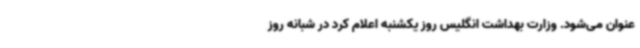
عنوان می‌شود. وزارت بهداشت انگلیس روز یکشنبه اعلام کرد در شبانه روز